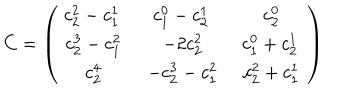
C = \left( \begin{array} { c c c } { { \begin{array} { c } { { c _ { 2 } ^ { 2 } - c _ { 1 } ^ { 1 } } } \\ \end{array} \, } } & { { \begin{array} { c } { { c _ { 1 } ^ { 0 } - c _ { 2 } ^ { 1 } } } \\ \end{array} \, } } & { { \begin{array} { c } { { c _ { 2 } ^ { 0 } } } \\ \end{array} } } \\ { { \begin{array} { c } { { c _ { 2 } ^ { 3 } - c _ { 1 } ^ { 2 } } } \\ \end{array} } } & { { \begin{array} { c } { { - 2 c _ { 2 } ^ { 2 } } } \\ \end{array} } } & { { \begin{array} { c } { { c _ { 1 } ^ { 0 } + c _ { 2 } ^ { 1 } } } \\ \end{array} \, } } \\ { { \begin{array} { c } { { c _ { 2 } ^ { 4 } } } \\ \end{array} } } & { { \begin{array} { c } { { - c _ { 2 } ^ { 3 } - c _ { 1 } ^ { 2 } } } \\ \end{array} } } & { { \begin{array} { c } { { c _ { 2 } ^ { 2 } + c _ { 1 } ^ { 1 } } } \\ \end{array} } } \\ \end{array} \right)